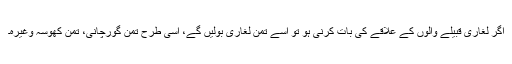
اگر لغاری قبیلے والوں کے علاقے کی بات کرنی ہو تو اسے تُمن لغاری بولیں گے، اسی طرح تمن گورچانی، تمن کھوسہ وغیرہ۔